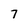
Character: 7